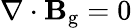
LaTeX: \nabla\cdot\mathbf{B}_{\mathrm{g}}=0